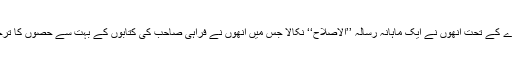
اس ادارے کے تحت انھوں نے ایک ماہانہ رسالہ ’’الاصلاح‘‘ نکالا جس میں انھوں نے فراہی صاحب کی کتابوں کے بہت سے حصوں کا ترجمہ کیا۔